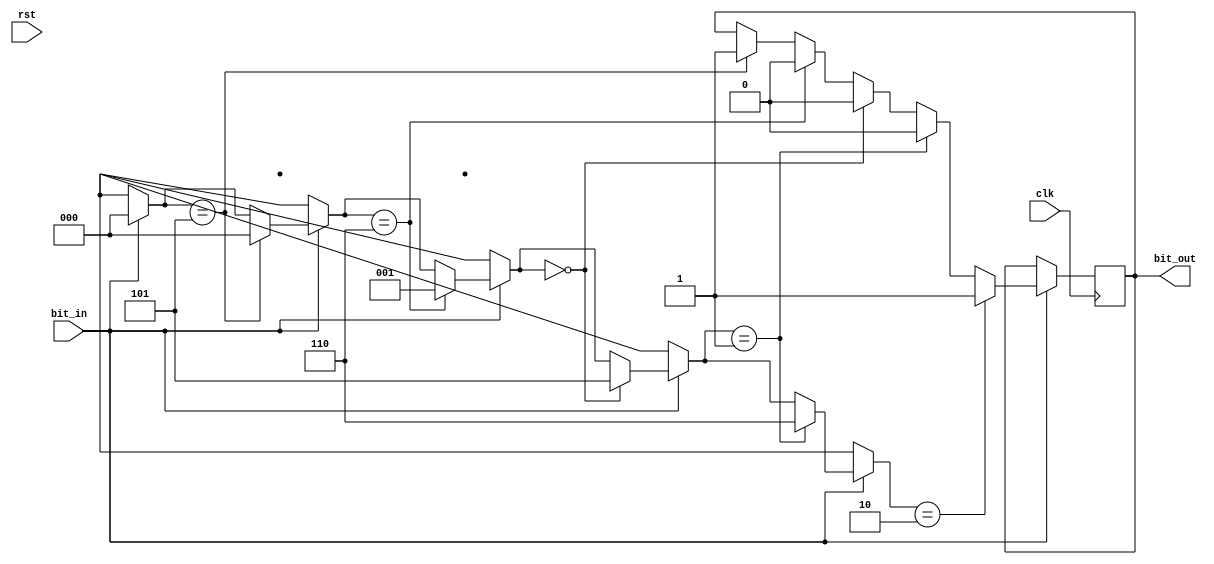
/*
    Assignment   :  4
    Problem      :  2
    Semester     :  Autumn 2020
    Group        :  G9
    Members      :  Akshat Shukla(18CS10002)
                    Animesh Barua(18CS10003)
*/
module mult_of_3(bit_in, bit_out, clk, rst);

    input bit_in;
    output reg bit_out;
    input clk, rst;

    reg[2:0] state;     //state[2] denotes parity of power of bit, and state[1:0] denotes the present modulo with 3

    always @(rst)
    begin
        state = 3'b000;
    end

    always @(posedge(clk)) //state updation on each input
    begin

        if(bit_in)
        begin                   // if bit_in is 1 modulo will be updated
            if(state == 3'b100) begin
                state = 3'b010;
                bit_out = 0;
            end
            if(state == 3'b101) begin
                state = 3'b000;
                bit_out = 1;
            end
            if(state == 3'b110) begin
                state = 3'b001;
                bit_out = 0;
            end

            if(state == 3'b000) begin
                state = 3'b101;
                bit_out = 0;
            end
            if(state == 3'b001) begin
                state = 3'b110;
                bit_out = 0;
            end
            if(state == 3'b010) begin
                state = 3'b100;
                bit_out = 1;
            end
        end
        else
        begin                   // if bit_in is 0 then no updation of modulo
            if(state[2] == 1)
                state[2] = 0;
            else
                state[2] = 1;
        end
    end

endmodule